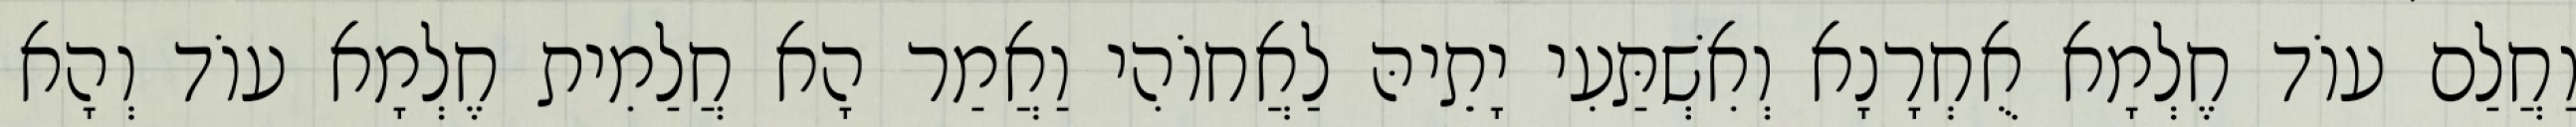
וַחֲלַם עוֹד חֶלְמָא אֻחְרָנָא וְאִשְׁתַּעִי יָתֵיהּ לַאֲחוֹהִי וַאֲמַר הָא חֲלַמִית חֶלְמָא עוֹד וְהָא